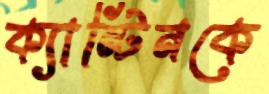
ক্যান্টিনকে